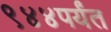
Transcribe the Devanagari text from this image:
९४४पर्यंत